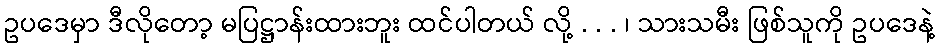
ဥပဒေမှာ ဒီလိုတော့ မပြဋ္ဌာန်းထားဘူး ထင်ပါတယ် လို့ . . . ၊ သားသမီး ဖြစ်သူကို ဥပဒေနဲ့